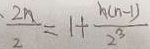
\frac { 2 m } { 2 } = 1 + \frac { h ( n - 1 ) } { 2 ^ { 3 } }